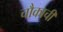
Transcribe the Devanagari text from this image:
चौकाची